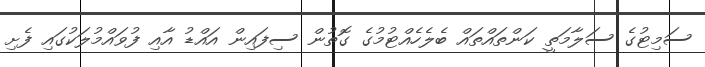
ސަމިޓުގެ ސަލާމަތީ ކަންތައްތައް ބެލެހެއްޓުމުގެ ގޮތުން ސިފައިން އައްޑު އާއި ފުވައްމުލަކުގައި ފެށި